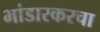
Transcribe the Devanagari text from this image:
भांडारकरचा